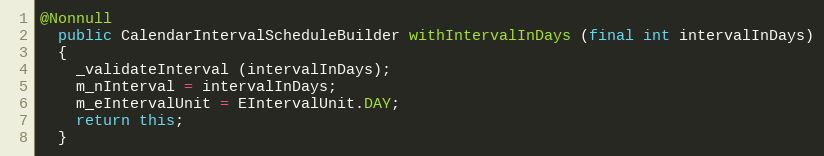
Language: Java
@Nonnull
  public CalendarIntervalScheduleBuilder withIntervalInDays (final int intervalInDays)
  {
    _validateInterval (intervalInDays);
    m_nInterval = intervalInDays;
    m_eIntervalUnit = EIntervalUnit.DAY;
    return this;
  }